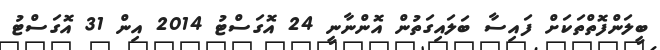
ބީލަންފޮތްތަކަށް ފައިސާ ބަލައިގަތުން އޮންނާނީ 24 އޮގަސްޓު 2014 އިން 31 އޮގަސްޓު